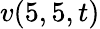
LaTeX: v(5,5,t)